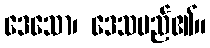
ဒေသော၊ ဒေသမည်၏။